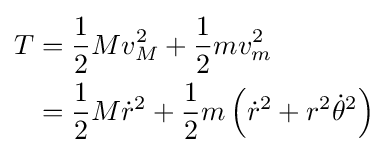
{\begin{aligned}T&={\frac {1}{2}}Mv_{M}^{2}+{\frac {1}{2}}mv_{m}^{2}\\&={\frac {1}{2}}M{\dot {r}}^{2}+{\frac {1}{2}}m\left({\dot {r}}^{2}+r^{2}{\dot {\theta }}^{2}\right)\end{aligned}}